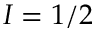
I = 1 / 2